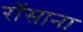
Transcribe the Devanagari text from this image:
रॉसाना